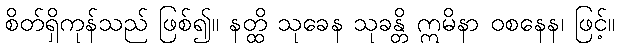
စိတ်ရှိကုန်သည် ဖြစ်၍။ နတ္ထိ သုခေန သုခန္တိ ဣမိနာ ဝစနေန၊ ဖြင့်။